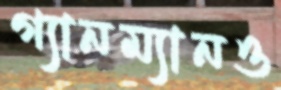
গ্যানম্যানও